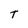
Character: T